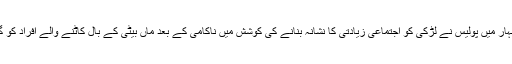
انڈیا کی ریاست بہار میں پولیس نے لڑکی کو اجتماعی زیادتی کا نشانہ بنانے کی کوشش میں ناکامی کے بعد ماں بیٹی کے بال کاٹنے والے افراد کو گرفتار کر لیا ہے۔